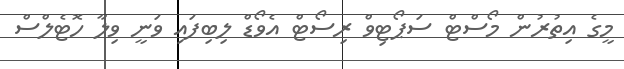
މީގެ އިތުރުން މޯސްޓް ސަޕޯޓިވް ރިސޯޓް އެވޯޑް ލިބިފައި ވަނީ ވިލާ ހޮޓެލްސް